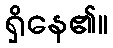
ရှိနေ၏။